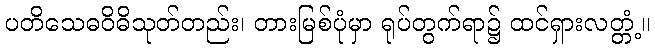
ပတိသေဓဝိဓိသုတ်တည်း၊ တားမြစ်ပုံမှာ ရုပ်တွက်ရာ၌ ထင်ရှားလတ္တံ့။